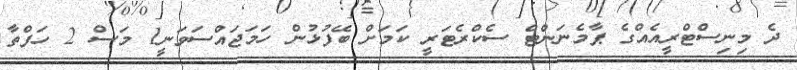
ދެ މިނިސްޓްރީއެއްގެ ޕާމެނަންޓް ސެކްރެޓަރީ ކަމަށް ބޭފުޅުން ހަމަޖައްސަވަނީ1 މަސް 2 ހަފްތާ